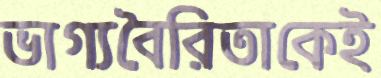
ভাগ্যবৈরিতাকেই